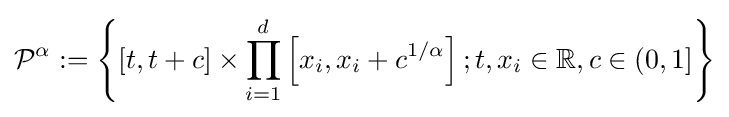
{\mathcal {P}}^{\alpha }:=\left\{[t,t+c]\times \prod _{i=1}^{d}\left[x_{i},x_{i}+c^{1/\alpha }\right];t,x_{i}\in \mathbb {R} ,c\in (0,1]\right\}